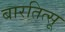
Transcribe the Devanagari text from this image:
बारतित्सू